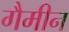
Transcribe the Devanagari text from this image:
गैमीन